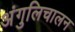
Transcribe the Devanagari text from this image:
अंगुलिचालन